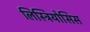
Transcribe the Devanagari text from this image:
लिस्ट्रियोसिस